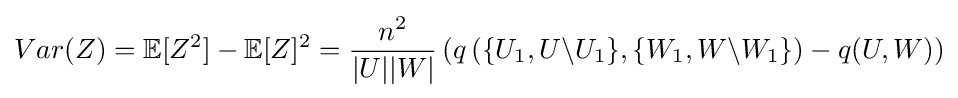
Var(Z)=\mathbb {E} [Z^{2}]-\mathbb {E} [Z]^{2}={\frac {n^{2}}{|U||W|}}\left(q\left(\{U_{1},U\backslash U_{1}\},\{W_{1},W\backslash W_{1}\}\right)-q(U,W)\right)